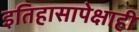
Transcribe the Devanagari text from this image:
इतिहासापेक्षाही